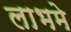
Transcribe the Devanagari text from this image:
लाभमे